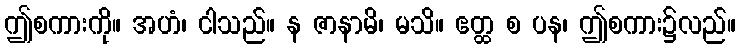
ဤစကားကို။ အဟံ၊ ငါသည်။ န ဇာနာမိ၊ မသိ။ ဧတ္ထ စ ပန၊ ဤစကား၌လည်။